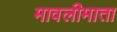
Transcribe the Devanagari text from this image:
मावलीमाता